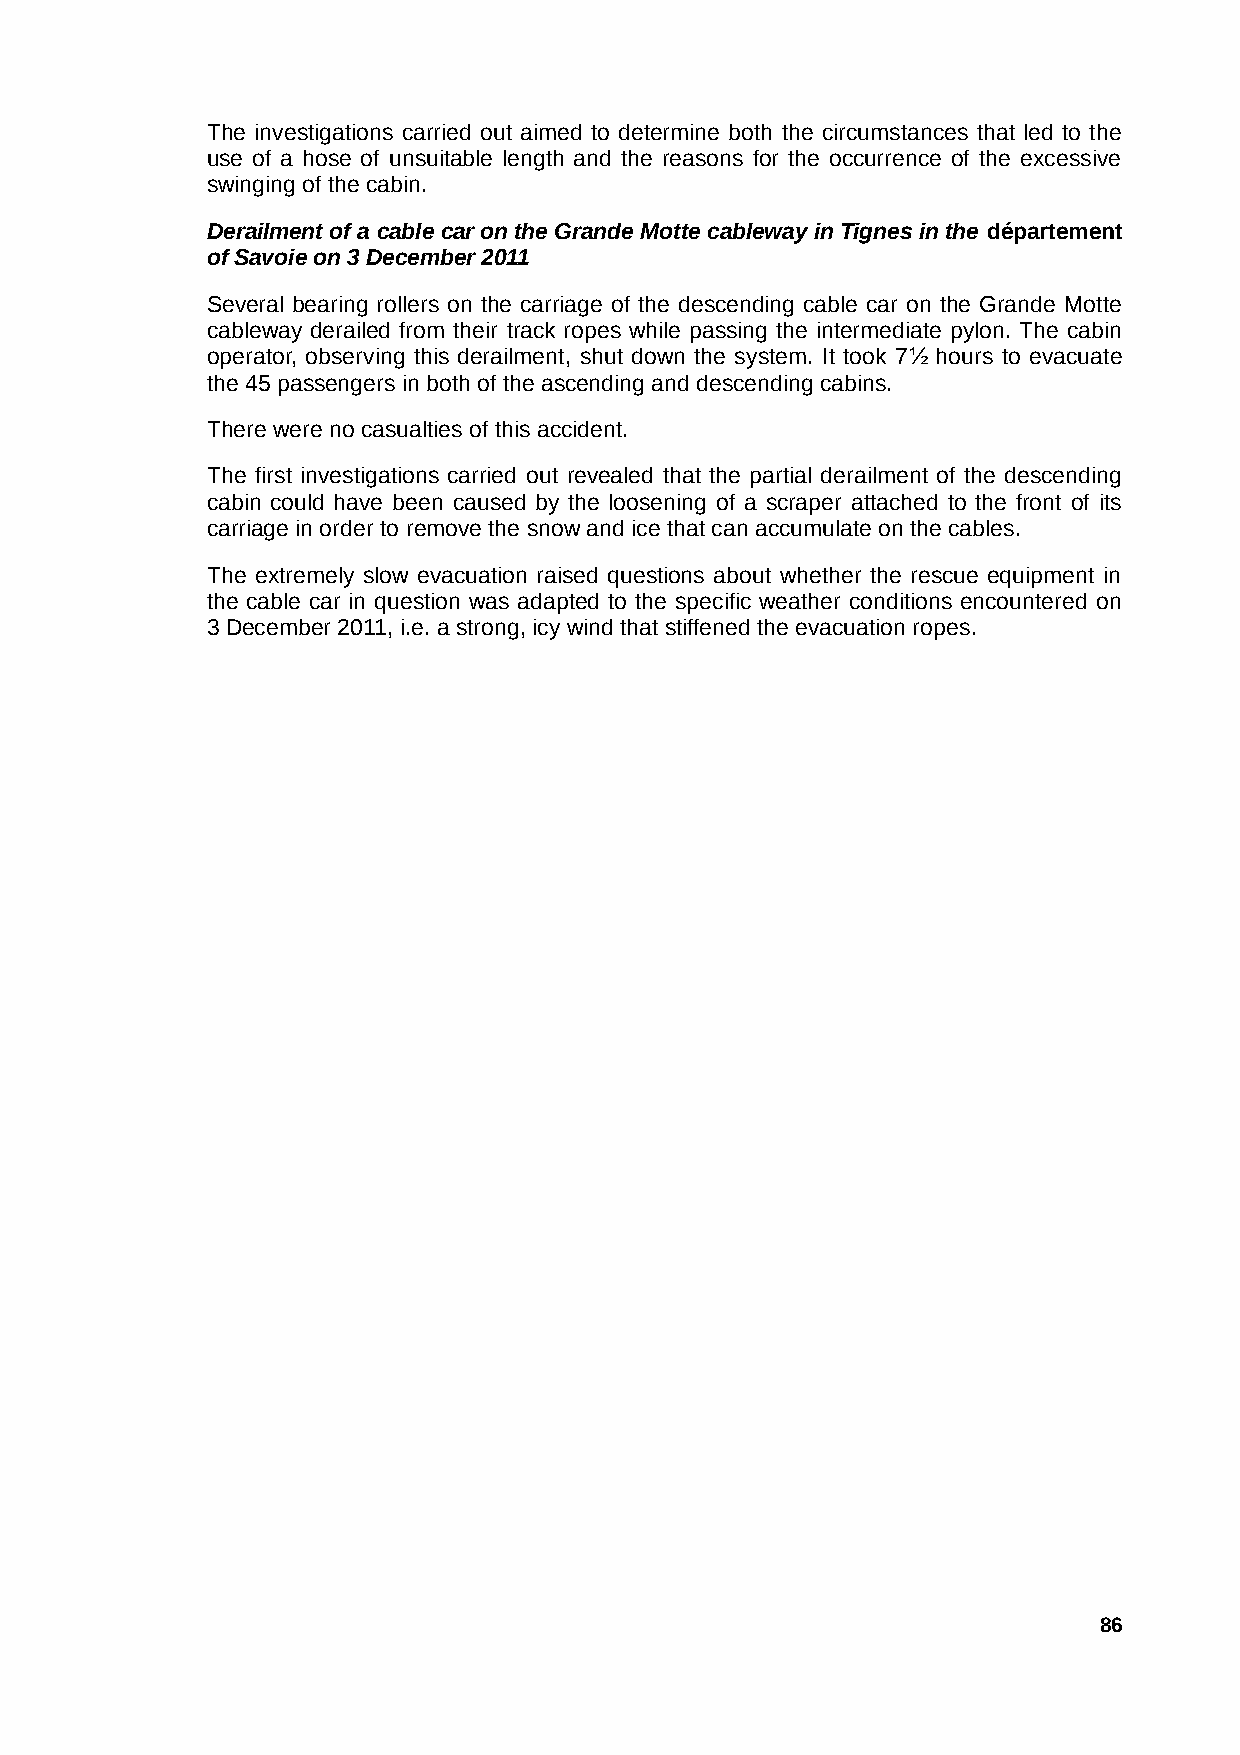
The investigations carried out aimed to determine both the circumstances that led to the
 use of a hose of unsuitable length and the reasons for the occurrence of the excessive
 swinging of the cabin.
 Derailment of a cable car on the Grande Motte cableway in Tignes in the département
 of Savoie on 3 December 2011
 Several bearing rollers on the carriage of the descending cable car on the Grande Motte
 cableway derailed from their track ropes while passing the intermediate pylon. The cabin
 operator, observing this derailment, shut down the system. It took 7½ hours to evacuate
 the 45 passengers in both of the ascending and descending cabins.
 There were no casualties of this accident.
 The first investigations carried out revealed that the partial derailment of the descending
 cabin could have been caused by the loosening of a scraper attached to the front of its
 carriage in order to remove the snow and ice that can accumulate on the cables.
 The extremely slow evacuation raised questions about whether the rescue equipment in
 the cable car in question was adapted to the specific weather conditions encountered on
 3 December 2011, i.e. a strong, icy wind that stiffened the evacuation ropes.
 86